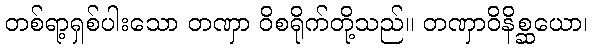
တစ်ရာ့ရှစ်ပါးသော တဏှာ ဝိစရိုက်တို့သည်။ တဏှာဝိနိစ္ဆယော၊